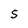
Character: S